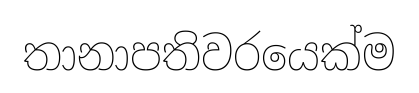
තානාපතිවරයෙක්ම